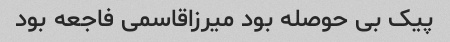
پیک بی حوصله بود میرزاقاسمی فاجعه بود